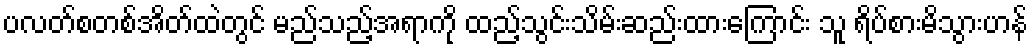
ပလတ်စတစ်အိတ်ထဲတွင် မည်သည့်အရာကို ထည့်သွင်းသိမ်းဆည်းထားကြောင်း သူ ရိပ်စားမိသွားဟန်